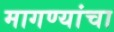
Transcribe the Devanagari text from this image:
मागण्यांचा